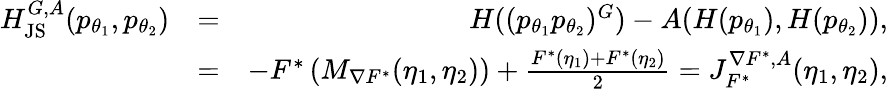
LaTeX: \begin{array}{rlr}{H_{\mathrm{JS}}^{G,A}(p_{\theta_{1}},p_{\theta_{2}})}&{=}&{H((p_{\theta_{1}}p_{\theta_{2}})^{G})-A(H(p_{\theta_{1}}),H(p_{\theta_{2}})),}\\ &{=}&{-F^{*}\left(M_{\nabla F^{*}}(\eta_{1},\eta_{2})\right)+\frac{F^{*}(\eta_{1})+F^{*}(\eta_{2})}{2}=J_{F^{*}}^{\nabla F^{*},A}(\eta_{1},\eta_{2}),}\end{array}